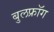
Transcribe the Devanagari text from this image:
बुलफ्रॉग